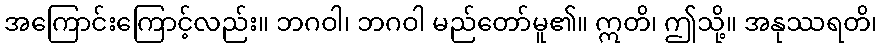
အကြောင်းကြောင့်လည်း။ ဘဂဝါ၊ ဘဂဝါ မည်တော်မူ၏။ ဣတိ၊ ဤသို့။ အနုဿရတိ၊